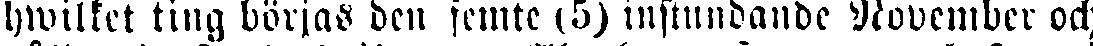
hwilket ting börjas den femte (5) instundande November och